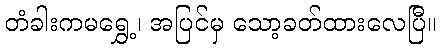
တံခါးကမရွှေ့၊ အပြင်မှ သော့ခတ်ထားလေပြီ။